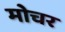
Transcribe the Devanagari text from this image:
मोचर